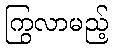
ကြွလာမည့်